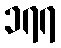
၁၇၇